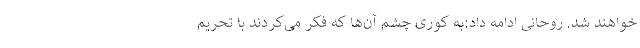
خواهند شد. روحانی ادامه داد:به کوری چشم آن‌ها که فکر می‌کردند با تحریم